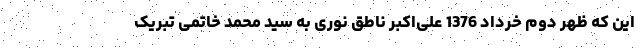
این که ظهر دوم خرداد 1376 علی‌اکبر ناطق نوری به سید محمد خاتمی تبریک